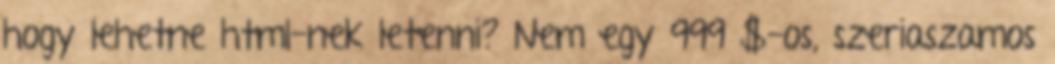
hogy lehetne html-nek letenni? Nem egy 999 $-os, szeriaszamos